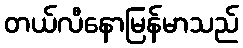
တယ်လီနောမြန်မာသည်